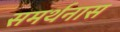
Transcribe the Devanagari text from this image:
समर्थनास